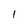
Character: I